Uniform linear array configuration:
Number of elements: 48
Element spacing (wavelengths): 1
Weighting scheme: cosine
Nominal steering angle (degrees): -60
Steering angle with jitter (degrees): -60.615
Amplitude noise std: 0.05
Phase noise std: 0.05

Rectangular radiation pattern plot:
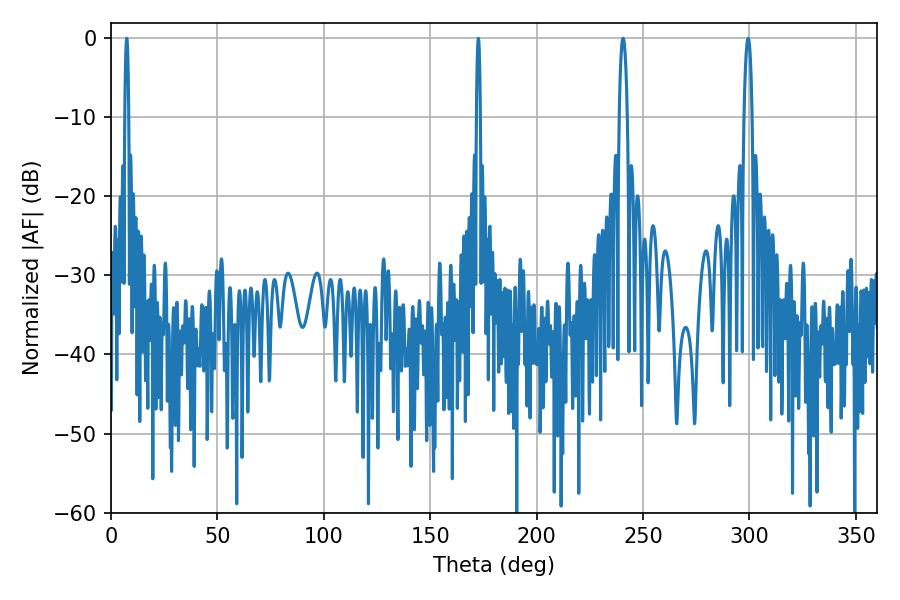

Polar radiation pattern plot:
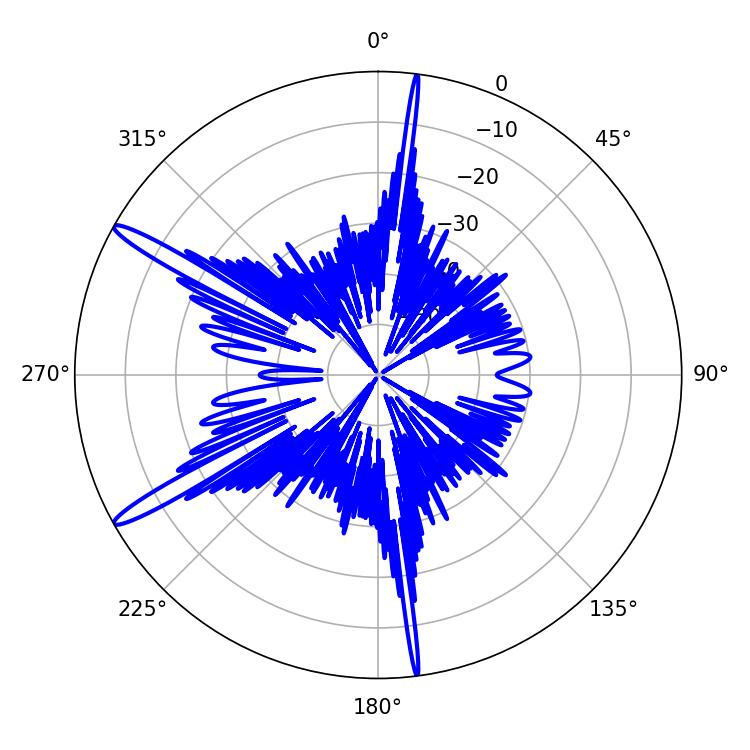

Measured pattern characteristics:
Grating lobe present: TRUE
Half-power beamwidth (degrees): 1.08
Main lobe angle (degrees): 7.38